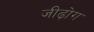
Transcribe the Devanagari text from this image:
जीढ़ोग